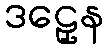
ဒဠှေန